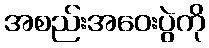
အစည်းအဝေးပွဲကို